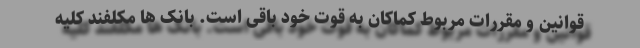
قوانین و مقررات مربوط کماکان به قوت خود باقی است. بانک ها مکلفند کلیه